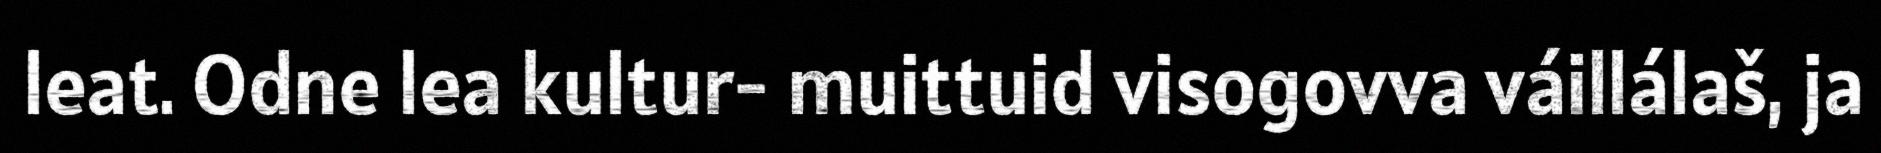
leat. Odne lea kultur- muittuid visogovva váillálaš, ja